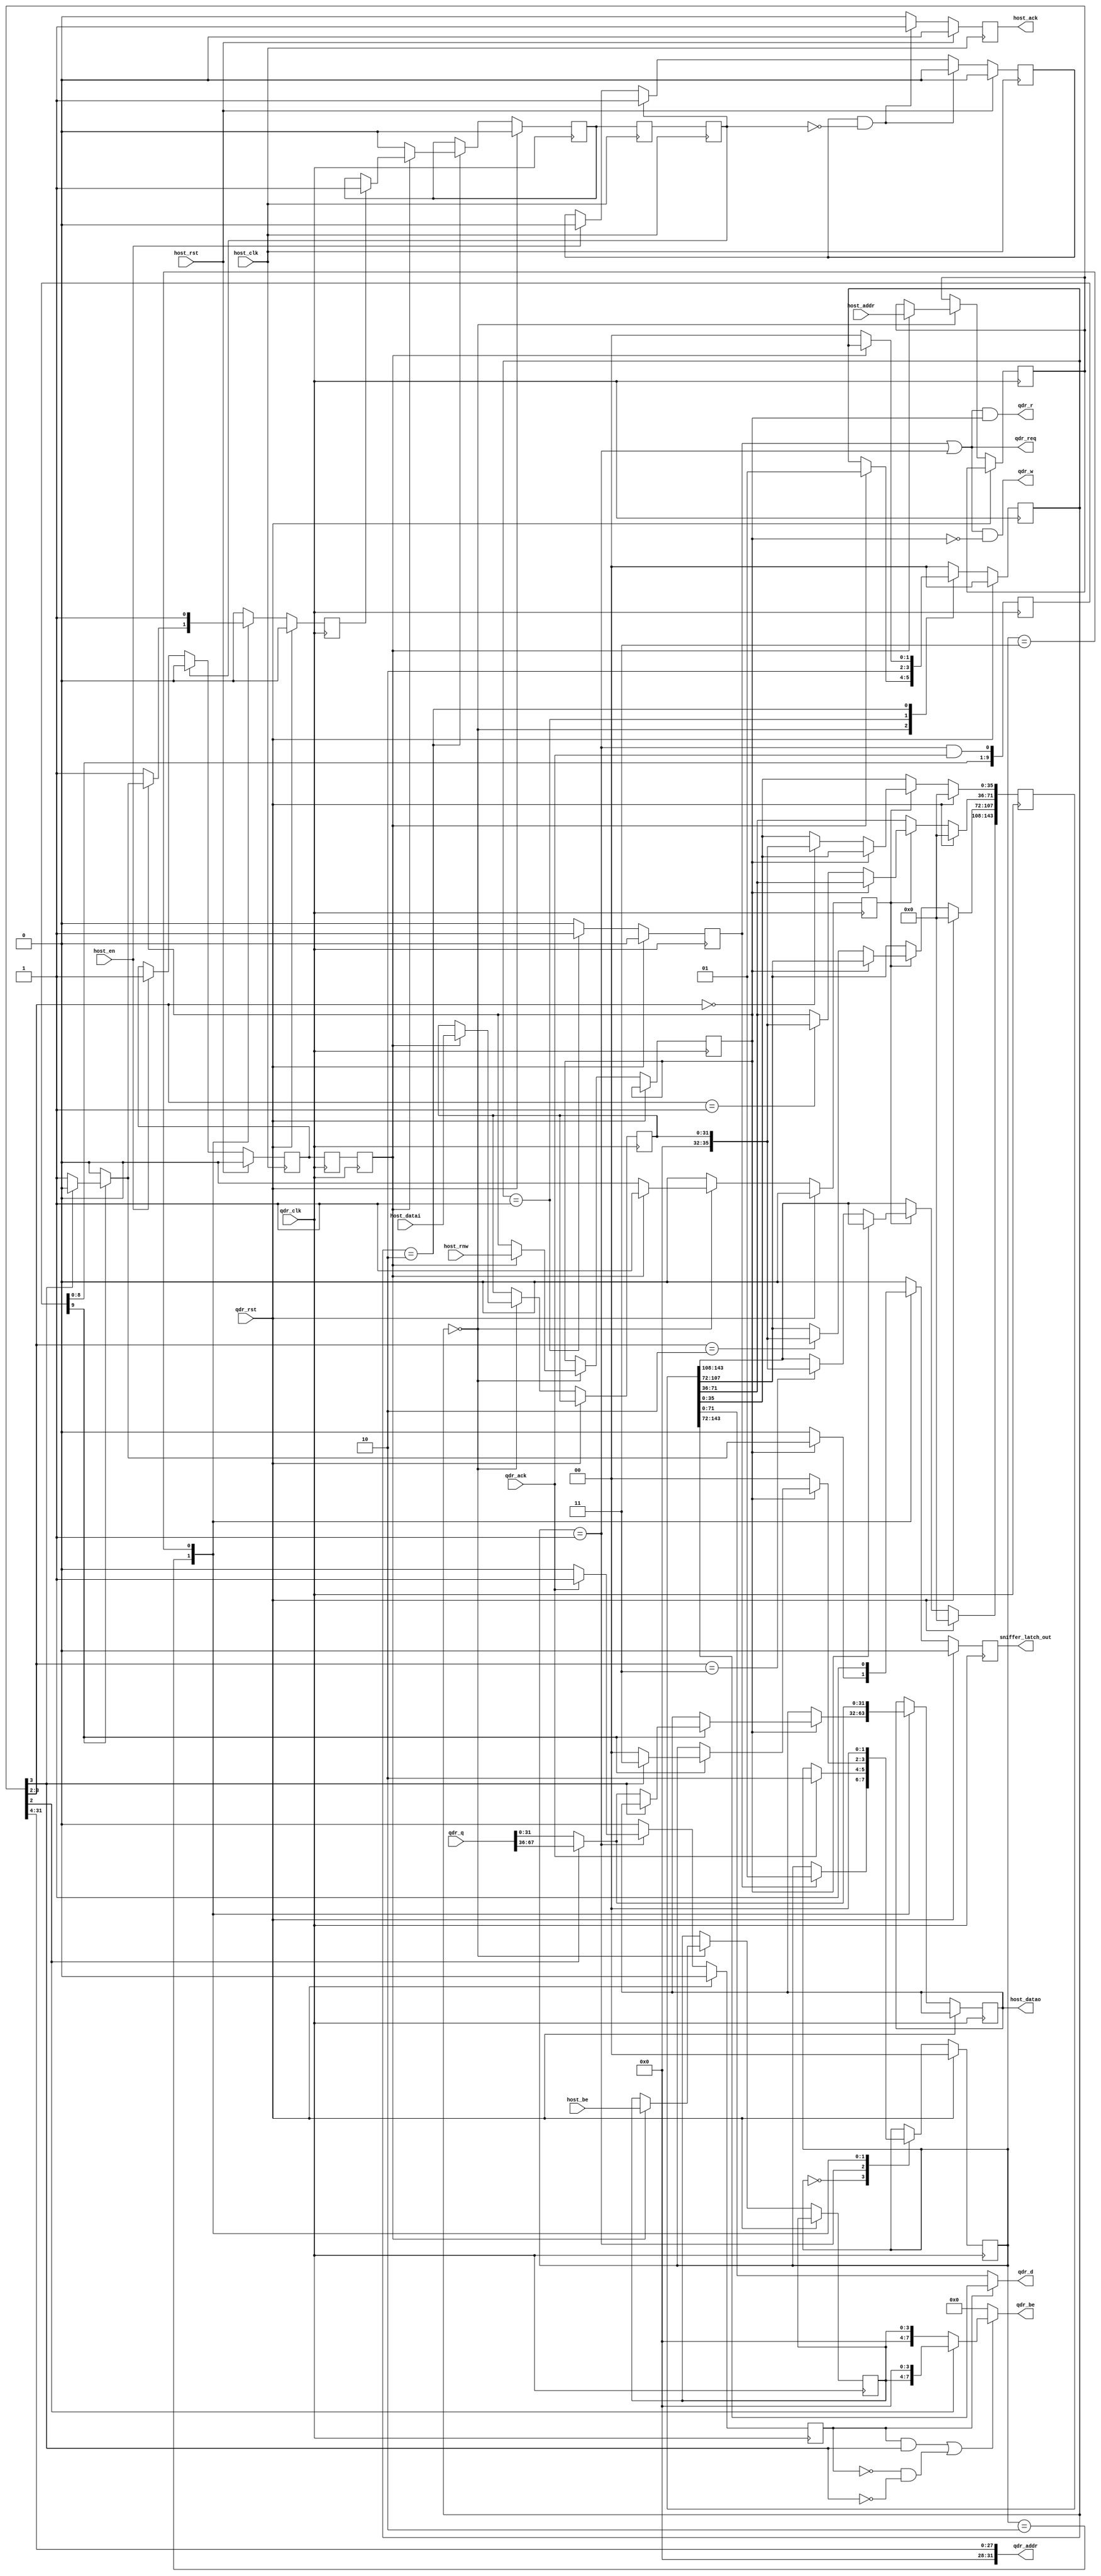
module async_qdr_interface36 #(
    parameter QDR_LATENCY = 10
  ) (
    input  host_clk,
    input  host_rst,
    input  host_en,
    input  host_rnw,
    input  [31:0] host_addr,
    input  [31:0] host_datai,
    input   [3:0] host_be,
    output [31:0] host_datao,
    output host_ack,
    input  qdr_clk,
    input  qdr_rst,
    output qdr_req,
    input  qdr_ack,
    output [31:0] qdr_addr,
    output qdr_r,
    output qdr_w,
    output [71:0] qdr_d,
    output  [7:0] qdr_be,
    input  [71:0] qdr_q,
    output sniffer_latch_out
  );


  /* TODO: A FIFO might be more appropriate but wastes a BlockRAM */

  /********** QDR assignments **********/

  /* On addressing:
     The LSB of the qdr address addresses
     A single burst ie 2 * 72 bits.
     The LSB of the OPB address addresses
     a single byte.

     An OPB word is 32 bits -> it takes
     4 cycles to write a complete 144 bit burst
  */

  reg [31:0] host_addr_reg;
  reg [31:0] host_datai_reg;
  reg  [3:0] host_be_reg;
  reg host_rnw_reg;

  reg [31:0] host_datao_reg;
  
  reg second_cycle;  
  
  assign qdr_addr = host_addr_reg[31:4];   //burst address (16 byte words)
  wire [1:0] word_id = host_addr_reg[3:2]; //sub-address of the 32 bit word to re read/written

  assign qdr_r  = qdr_req & host_rnw_reg;
  assign qdr_w  = qdr_req & !host_rnw_reg;

  /* Write opb data to both upper and lower 36 bit halves of qdr data line.
   * Use byte enables to control which bits actually get written */
  //HACKHACKHACK assign qdr_d[71:0]  = {host_data_parity_ext, host_data_parity_ext};
  wire [7:0] extended_host_be_reg = word_id[0] ? {host_be_reg, 4'b0} : {4'b0, host_be_reg};
  assign qdr_be = (second_cycle && word_id[1]) || (!second_cycle && !word_id[1]) ?
                     extended_host_be_reg : 8'b0;

  assign host_datao = host_datao_reg;
  reg host_ack_reg;
  assign host_ack = host_ack_reg;

  /* Everything involving the write_buffer register is an almighty hack to make
   * the ROACH2 QDR CPU interface work without changing any katcp
   * code. The ROACH2 does not have access to the QDR byte-enable pins
   * so instead we keep track of 4x32 bit writes in a buffer. If this
   * buffer is written to the QDR on every write operation in a burst,
   * the final write in a group of 4 will leave the QDR in the state
   * required.
   * Sure, it would be neater to fill up a buffer over 4 OPB accesses 
   * and only then call a single write (like in the kat_svn code, but this requires no software
   * changes, and ultimately fewer OPB accesses. */

  reg [143:0] write_buffer;
  reg qdr_inputs_valid;
  /* Insert parity bits to pad to 36 bits */
  //wire [35:0] host_data_parity_ext = {1'b0, host_datai_reg[31:24], 1'b0, host_datai_reg[23:16], 1'b0, host_datai_reg[15:8], 1'b0, host_datai_reg[7:0]};
  wire [35:0] host_data_parity_ext = {4'b0000, host_datai_reg[31:0]};
  always @(posedge qdr_clk) begin
    if (qdr_rst) begin
      write_buffer <= 144'b0;
    end else if (qdr_inputs_valid) begin
      if (!host_rnw_reg) begin //only update the output registers on a write operation
        case (host_addr_reg[3:2])
          2'd0: begin
          write_buffer[ 35:0  ] <= host_data_parity_ext;
          end
          2'd1: begin
            write_buffer[ 71:36 ] <= host_data_parity_ext;
          end
          2'd2: begin
            write_buffer[107:72 ] <= host_data_parity_ext;
          end
          2'd3: begin
            write_buffer[143:108] <= host_data_parity_ext;
          end
        endcase
      end
    end
  end

  assign qdr_d[71:0] = (second_cycle==1'b1) ? write_buffer[143:72] : write_buffer[71:0];




  /* foo */

  reg trans_reg;
  reg trans_regR;
  reg trans_regRR;
  //synthesis attribute HU_SET of trans_regR  is SET1
  //synthesis attribute HU_SET of trans_regRR is SET1
  //synthesis attribute RLOC   of trans_regR  is X0Y0
  //synthesis attribute RLOC   of trans_regRR is X0Y1

  reg resp_reg;
  reg resp_regR;
  reg resp_regRR;
  //synthesis attribute HU_SET of resp_regR  is SET0
  //synthesis attribute HU_SET of resp_regRR is SET0
  //synthesis attribute RLOC   of resp_regR  is X0Y0
  //synthesis attribute RLOC   of resp_regRR is X0Y1


  reg wait_clear;

  always @(posedge host_clk) begin
    host_ack_reg <= 1'b0;

    resp_regR  <= resp_reg;
    resp_regRR <= resp_regR;

    if (host_rst) begin
      trans_reg  <= 1'b0;
      wait_clear <= 1'b0;
      host_ack_reg <= 1'b0;
    end else begin
      if (host_en) begin
        trans_reg  <= 1'b1;
        wait_clear <= 1'b0;
      end
      if (resp_regRR) begin
        trans_reg  <= 1'b0;
        wait_clear <= 1'b1;
      end
      if (wait_clear && !resp_regRR) begin
        wait_clear   <= 1'b0;
        host_ack_reg <= 1'b1;
      end
    end
  end

  reg qdr_trans_strb, qdr_resp_ready;
  reg [1:0] hshake_state;

  localparam RESP_IDLE       = 2'd0;
  localparam RESP_PREP_WRITE = 2'd1;
  localparam RESP_BUSY       = 2'd2;

  always @(posedge qdr_clk) begin
    qdr_trans_strb <= 1'b0;
    qdr_inputs_valid <= 1'b0; 

    trans_regR  <= trans_reg;
    trans_regRR <= trans_regR;
    if (qdr_rst) begin
      hshake_state <= RESP_IDLE;
      resp_reg   <= 1'b0;
    end else begin
      case (hshake_state)
        RESP_IDLE: begin
          if (trans_regRR) begin
            //qdr_trans_strb <= 1'b1;
            qdr_inputs_valid <= 1'b1;
            host_addr_reg  <= host_addr;
            host_datai_reg <= host_datai;
            host_be_reg    <= host_be;
            host_rnw_reg   <= host_rnw;
            hshake_state   <= RESP_PREP_WRITE;
            //hshake_state   <= RESP_BUSY;
          end
        end
        RESP_PREP_WRITE: begin
          qdr_trans_strb <= 1'b1;
          hshake_state <= RESP_BUSY;
        end
        RESP_BUSY: begin
          if (qdr_resp_ready)
            resp_reg  <= 1'b1;

          if (!trans_regRR) begin
            resp_reg  <= 1'b0;
            hshake_state   <= RESP_IDLE;
          end
        end
        default: begin
          hshake_state <= RESP_IDLE;
        end
      endcase
    end
  end

  /* Response Collection State Machine */

  reg [QDR_LATENCY - 1:0] qvld_shifter;

  reg [1:0] resp_state;
  localparam IDLE    = 2'd0;
  localparam WAIT    = 2'd1;
  localparam COLLECT = 2'd2;
  localparam FINAL   = 2'd3;
  reg sniffer_latch;

  always @(posedge qdr_clk) begin
    qdr_resp_ready <= 1'b0;
    second_cycle   <= 1'b0;
    qvld_shifter   <= {qvld_shifter[QDR_LATENCY - 2:0], resp_state == WAIT && qdr_ack};
    sniffer_latch  <= 1'b0;

    if (qdr_rst) begin
      resp_state <= IDLE;
    end else begin
      case (resp_state)
        IDLE: begin
          if (qdr_trans_strb) begin
            resp_state <= WAIT;
          end
        end
        WAIT: begin
          if (qdr_ack) begin
            second_cycle <= 1'b1;
            resp_state <= COLLECT;
          end
        end
        COLLECT: begin
          if (!host_rnw_reg) begin
            resp_state <= IDLE;
            qdr_resp_ready <= 1'b1;
          end else if (qvld_shifter[QDR_LATENCY-1]) begin
            if (!word_id[1]) begin
              resp_state <= IDLE;
              if(!word_id[0]) begin
                  //host_datao_reg <= {qdr_q[34:27], qdr_q[25:18], qdr_q[16:9], qdr_q[7:0]};
                  host_datao_reg <= {qdr_q[31:0]};
                  sniffer_latch  <= 1'b1;
              end else begin
                  //host_datao_reg <= {qdr_q[70:63], qdr_q[61:54], qdr_q[52:45], qdr_q[43:36]};
                  host_datao_reg <= {qdr_q[67:36]};
                  sniffer_latch  <= 1'b1;
              end
              qdr_resp_ready <= 1'b1;
            end else begin
              resp_state <= FINAL;
            end
          end
        end
        FINAL: begin
          qdr_resp_ready <= 1'b1;
          if(!word_id[0]) begin
              //host_datao_reg <= {qdr_q[34:27], qdr_q[25:18], qdr_q[16:9], qdr_q[7:0]};
              host_datao_reg <= {qdr_q[31:0]};
              sniffer_latch  <= 1'b1;
          end else begin
              //host_datao_reg <= {qdr_q[70:63], qdr_q[61:54], qdr_q[52:45], qdr_q[43:36]};
              host_datao_reg <= {qdr_q[67:36]};
              sniffer_latch  <= 1'b1;
          end
          resp_state <= IDLE;
        end
      endcase
    end
  end

  assign qdr_req = qdr_trans_strb || resp_state == WAIT;
  assign sniffer_latch_out = sniffer_latch;

endmodule